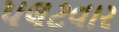
પલટવાર